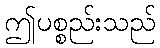
ဤပစ္စည်းသည်